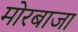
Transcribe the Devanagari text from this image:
मोरबाजा